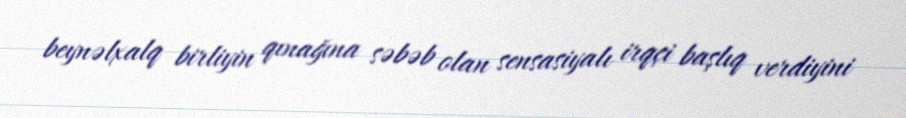
beynəlxalq birliyin qınağına səbəb olan sensasiyalı irqçi başlıq verdiyini